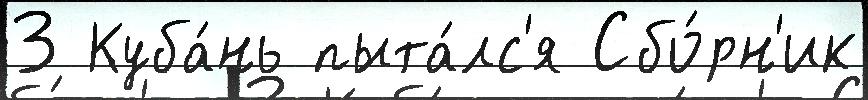
3 Куба́нь пыта́лс'я Сбо́рн'ик